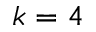
k = 4